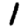
Digit: 1